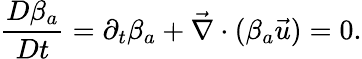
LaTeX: \frac{D\beta_{a}}{Dt}=\partial_{t}\beta_{a}+\vec{\nabla}\cdot(\beta_{a}\vec{u})=0.